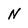
Character: N